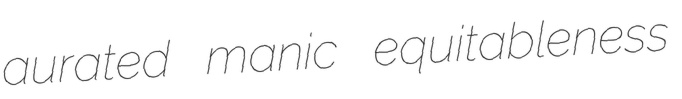
aurated manic equitableness